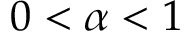
0 < \alpha < 1